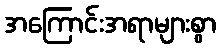
အကြောင်းအရာများစွာ